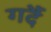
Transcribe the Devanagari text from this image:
गर्दै